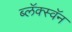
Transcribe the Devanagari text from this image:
ब्लॅक्स्वॅन